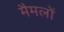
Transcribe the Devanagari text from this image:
मैमलों